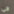
فى